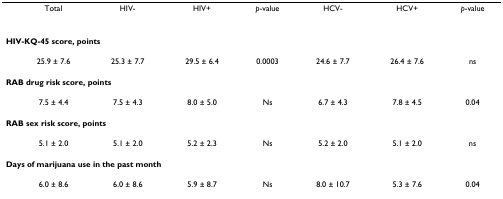
<table><thead><tr><td></td><td><b>Total</b></td><td><b>HIV-</b></td><td><b>HIV+</b></td><td><b><i>p</i>-value</b></td><td><b>HCV-</b></td><td><b>HCV+</b></td><td><b><i>p</i>-value</b></td></tr></thead><tbody><tr><td colspan="8"><b>HIV-KQ-45 score, points</b></td></tr><tr><td></td><td>25.9 ± 7.6</td><td>25.3 ± 7.7</td><td>29.5 ± 6.4</td><td>0.0003</td><td>24.6 ± 7.7</td><td>26.4 ± 7.6</td><td>ns</td></tr><tr><td colspan="8"><b>RAB drug risk score, points</b></td></tr><tr><td></td><td>7.5 ± 4.4</td><td>7.5 ± 4.3</td><td>8.0 ± 5.0</td><td>Ns</td><td>6.7 ± 4.3</td><td>7.8 ± 4.5</td><td>0.04</td></tr><tr><td colspan="8"><b>RAB sex risk score, points</b></td></tr><tr><td></td><td>5.1 ± 2.0</td><td>5.1 ± 2.0</td><td>5.2 ± 2.3</td><td>Ns</td><td>5.2 ± 2.0</td><td>5.1 ± 2.0</td><td>ns</td></tr><tr><td colspan="8"><b>Days of marijuana use in the past month</b></td></tr><tr><td></td><td>6.0 ± 8.6</td><td>6.0 ± 8.6</td><td>5.9 ± 8.7</td><td>Ns</td><td>8.0 ± 10.7</td><td>5.3 ± 7.6</td><td>0.04</td></tr></tbody></table>